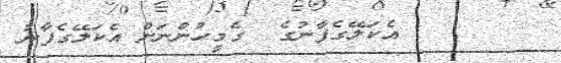
١٢٤      އެކަލޭގެފާނުގެ  ގެމީހުންނަށް އެކަލޭގެފާނު